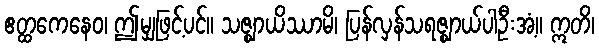
ဧတ္ထကေနေဝ၊ ဤမျှဖြင့်ပင်။ သဇ္ဈာယိဿာမိ၊ ပြန်လှန်သရဇ္ဈာယ်ပါဦးအံ့။ ဣတိ၊